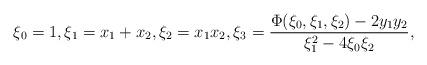
LaTeX: \begin{align*}\xi_0 = 1,\xi_1 = x_1 + x_2, \xi_2 = x_1 x_2,\xi_3 = \frac{\Phi(\xi_0,\xi_1,\xi_2) - 2y_1y_2 }{\xi_1^2-4\xi_0\xi_2}, \end{align*}